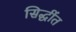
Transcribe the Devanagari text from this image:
सिद्धींत